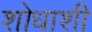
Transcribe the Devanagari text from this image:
शोधाशी